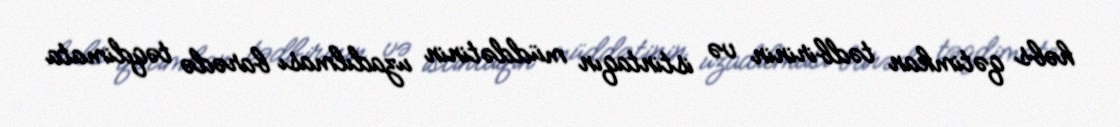
həbs qətimkan tədbirinin və istintaqın müddətinin uzadılması barədə təqdimata